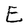
Character: E